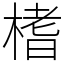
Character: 榰